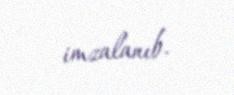
imzalanıb.